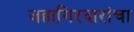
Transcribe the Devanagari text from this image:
जहागिरदारांचा